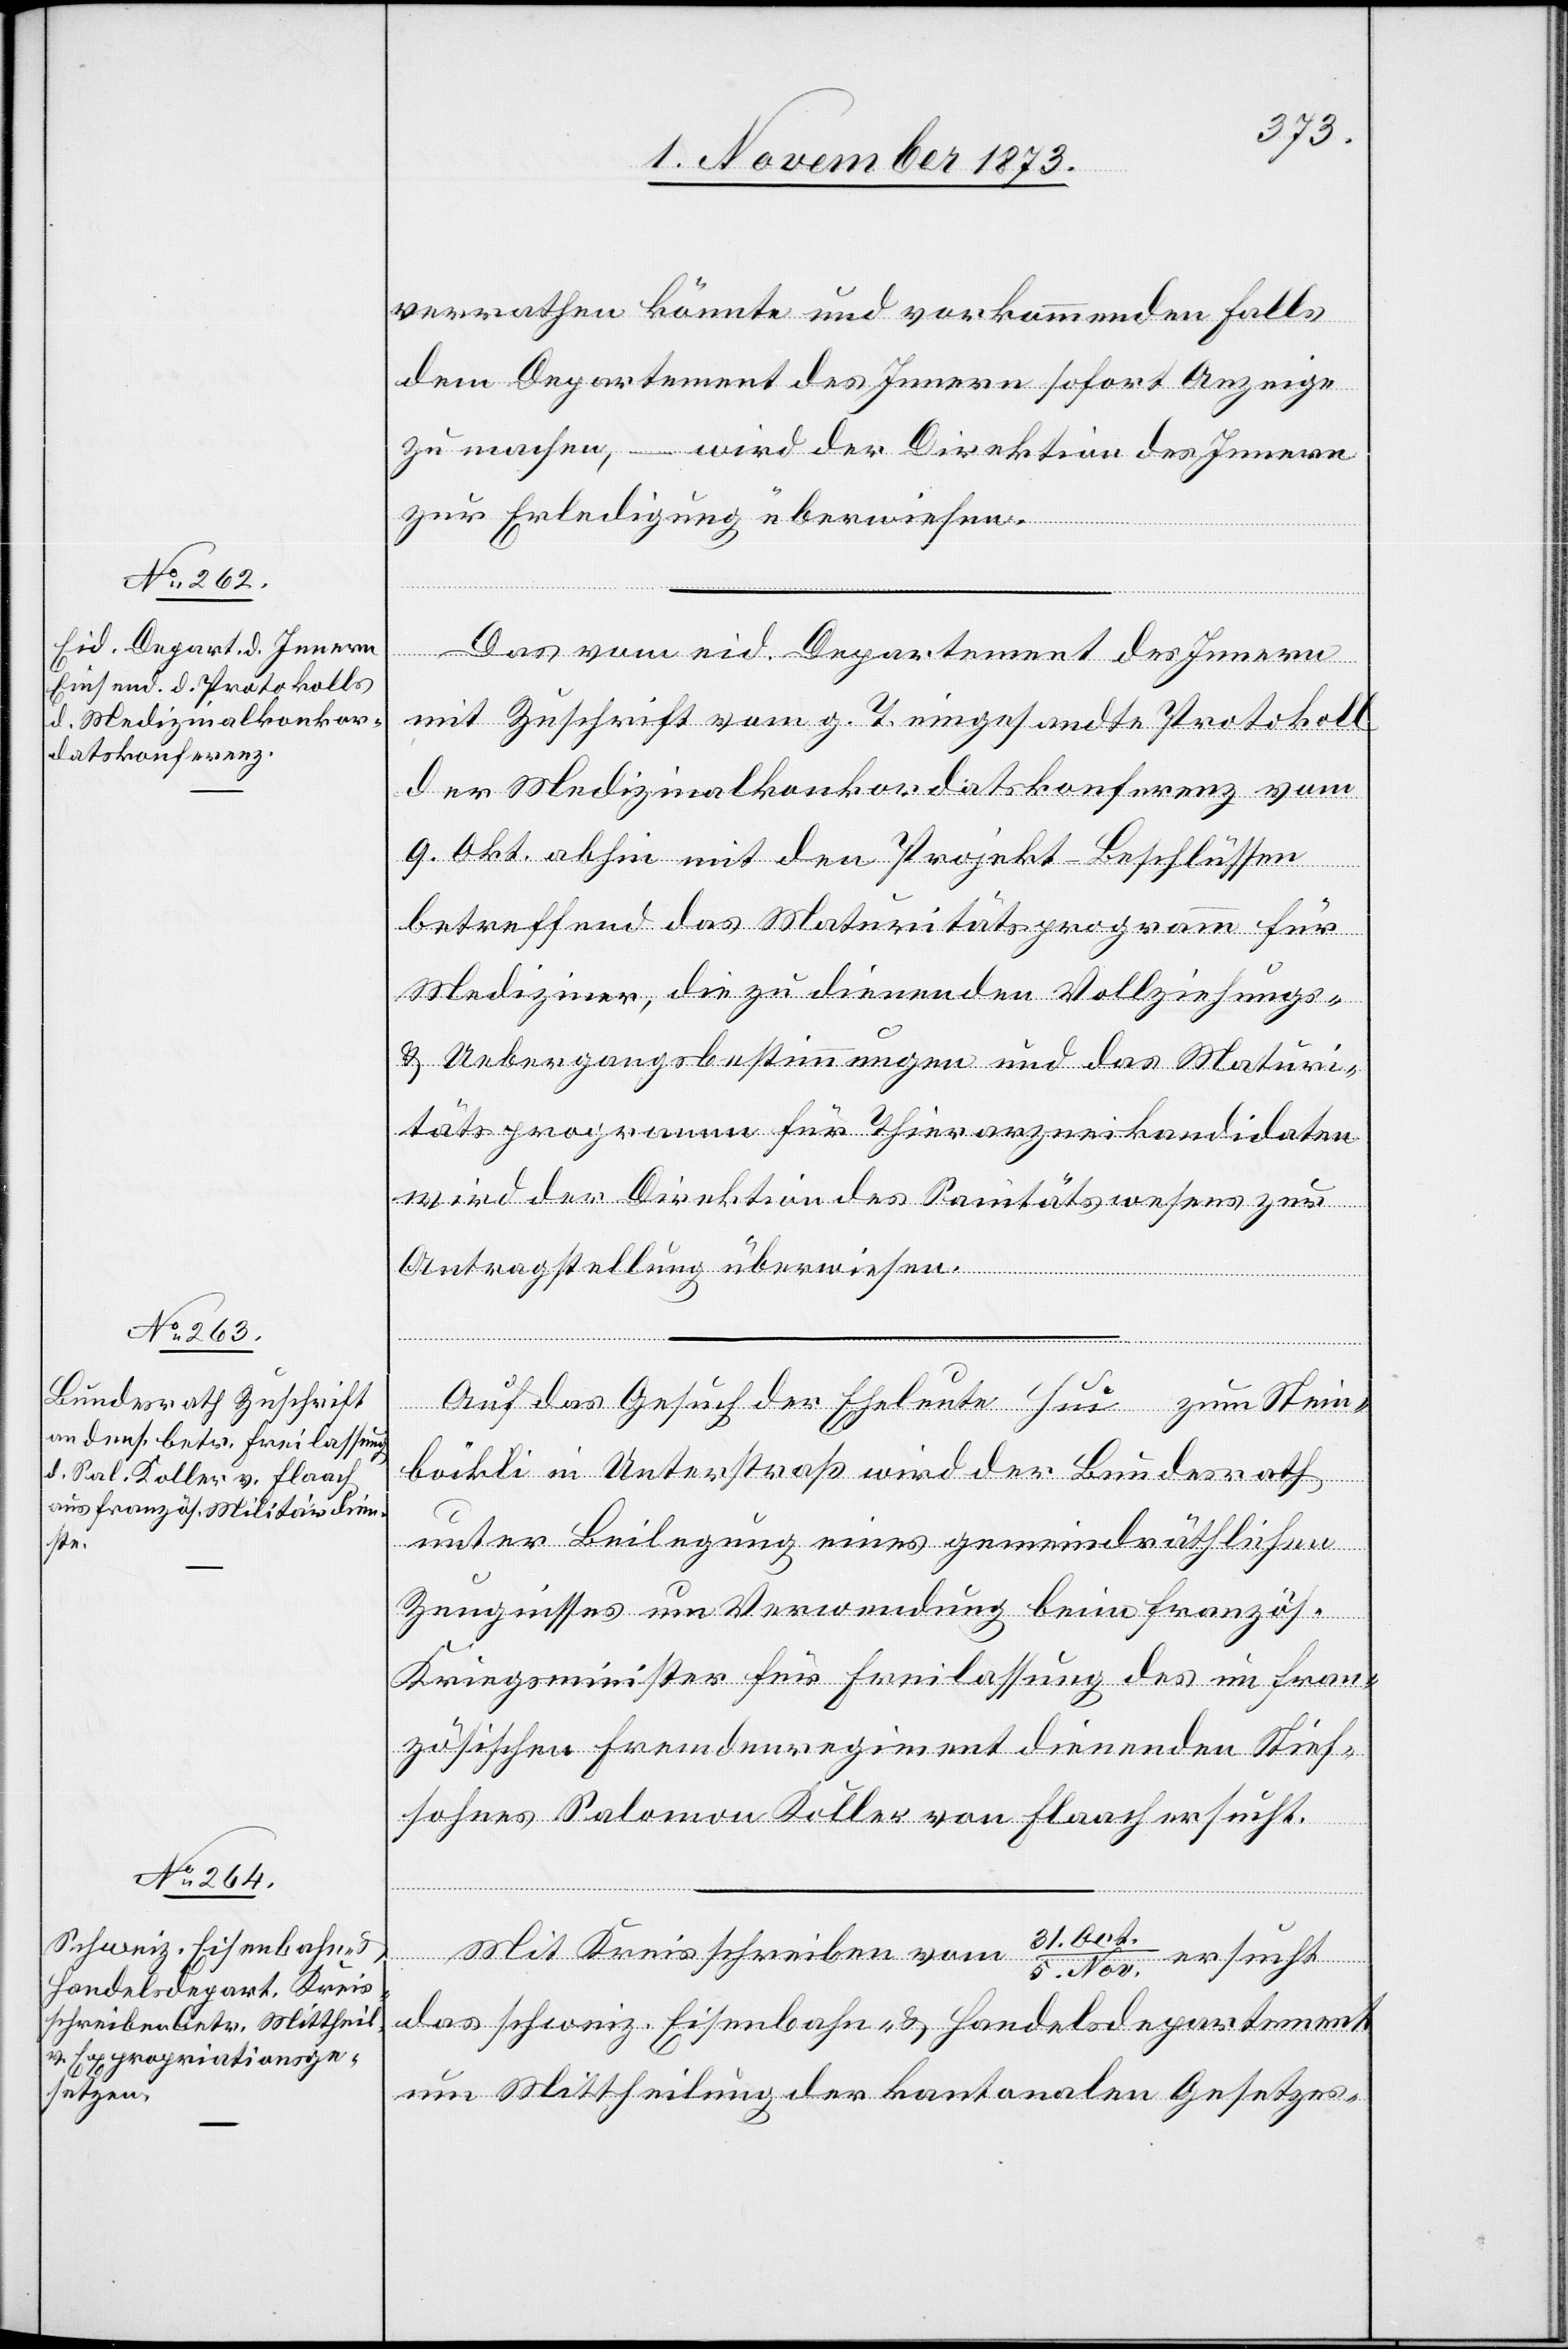
6. November 1873.]
verrathen könnte und vorkommenden Falls
dem Departement des Innern sofort Anzeige
zu machen, – wird der Direktion des Innern
zur Erledigung überwiesen.
Das vom eid. Departement des Innern
mit Zuschrift vom g. T. eingesandte Protokoll
der Medizinalkonkordatskonferenz vom
9. Okt. abhin mit den Projekt-Beschlüssen
betreffend das Maturitätsprogramm für
Mediziner, die zu dienenden Vollziehungs-
& Uebergangsbestimmungen und das Maturi¬
tätsprogramm für Thierarzneikandidaten
wird der Direktion des Sanitätswesens zur
Antragstellung überwiesen.
Auf das Gesuch der Eheleute Hui zum Stein¬
böckli in Unterstraß wird der Bundesrath
unter Beilegung eines gemeindräthlichen
Zeugnisses um Verwendung beim französ.
Kriegsminister für Freilassung des im fran¬
zösischen Fremdenregiment dienenden Stief¬
sohnes Salomon Koller von Flaach ersucht.
Mit Kreisschreiben vom 31. Oct./5.
Nov. ersucht
das schweiz. Eisenbahn- & Handelsdepartement
um Mittheilung der kantonalen Gesetzes-